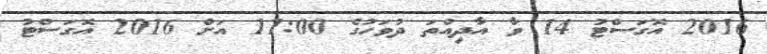
2016 އޮގަސްޓު 14 ވާ އާދިއްތަ ދުވަހުގެ 11:00 އަށް 2016 އޮގަސްޓު